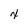
Character: x